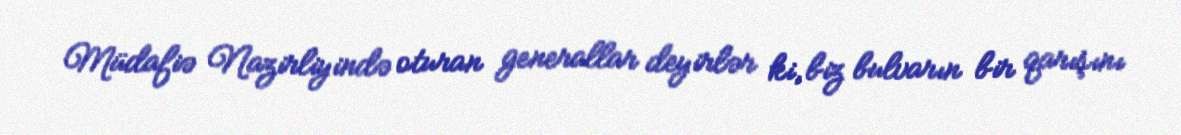
Müdafiə Nazirliyində oturan generallar deyirlər ki, biz bulvarın bir qarışını